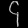
Digit: ၄